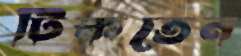
টিকতেন